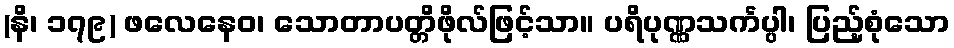
(နိ၊ ၁၇၉) ဖလေနေဝ၊ သောတာပတ္တိဖိုလ်ဖြင့်သာ။ ပရိပုဏ္ဏသင်္ကပ္ပါ၊ ပြည့်စုံသော